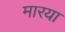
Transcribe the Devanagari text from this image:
मारया